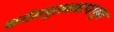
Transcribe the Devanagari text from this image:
कर्दमपुतळ्यापासुन